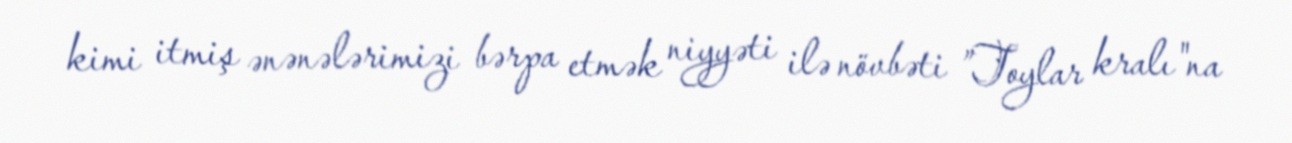
kimi itmiş ənənələrimizi bərpa etmək niyyəti ilə növbəti ”Toylar kralı"na